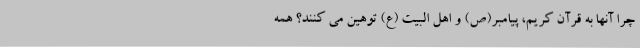
چرا آنها به قرآن کریم، پیامبر(ص) و اهل البیت (ع) توهین می کنند؟ همه